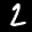
Label: 2